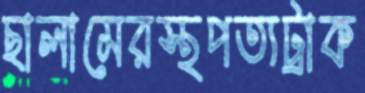
ছালামেরস্থপত্যট্রাক